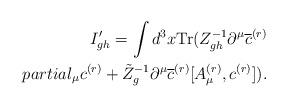
LaTeX: \begin{align*}I_{gh}'=\int d^3x \mbox{Tr} (Z_{gh}^{-1} \partial^{\mu}\overline{c}^{(r)}\\partial_{\mu}c^{(r)}+\tilde{Z}_g^{-1} \partial^{\mu}\overline{c}^{(r)} [A^{(r)}_{\mu},c^{(r)}]).\end{align*}